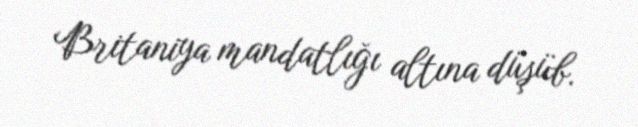
Britaniya mandatlığı altına düşüb.